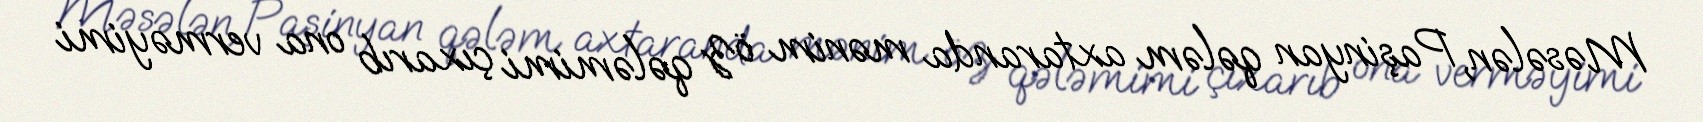
Məsələn, Paşinyan qələm axtaranda mənim öz qələmimi çıxarıb ona verməyimi